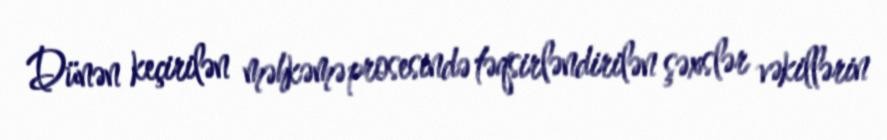
Dünən keçirilən məhkəmə prosesində təqsirləndirilən şəxslər vəkillərin